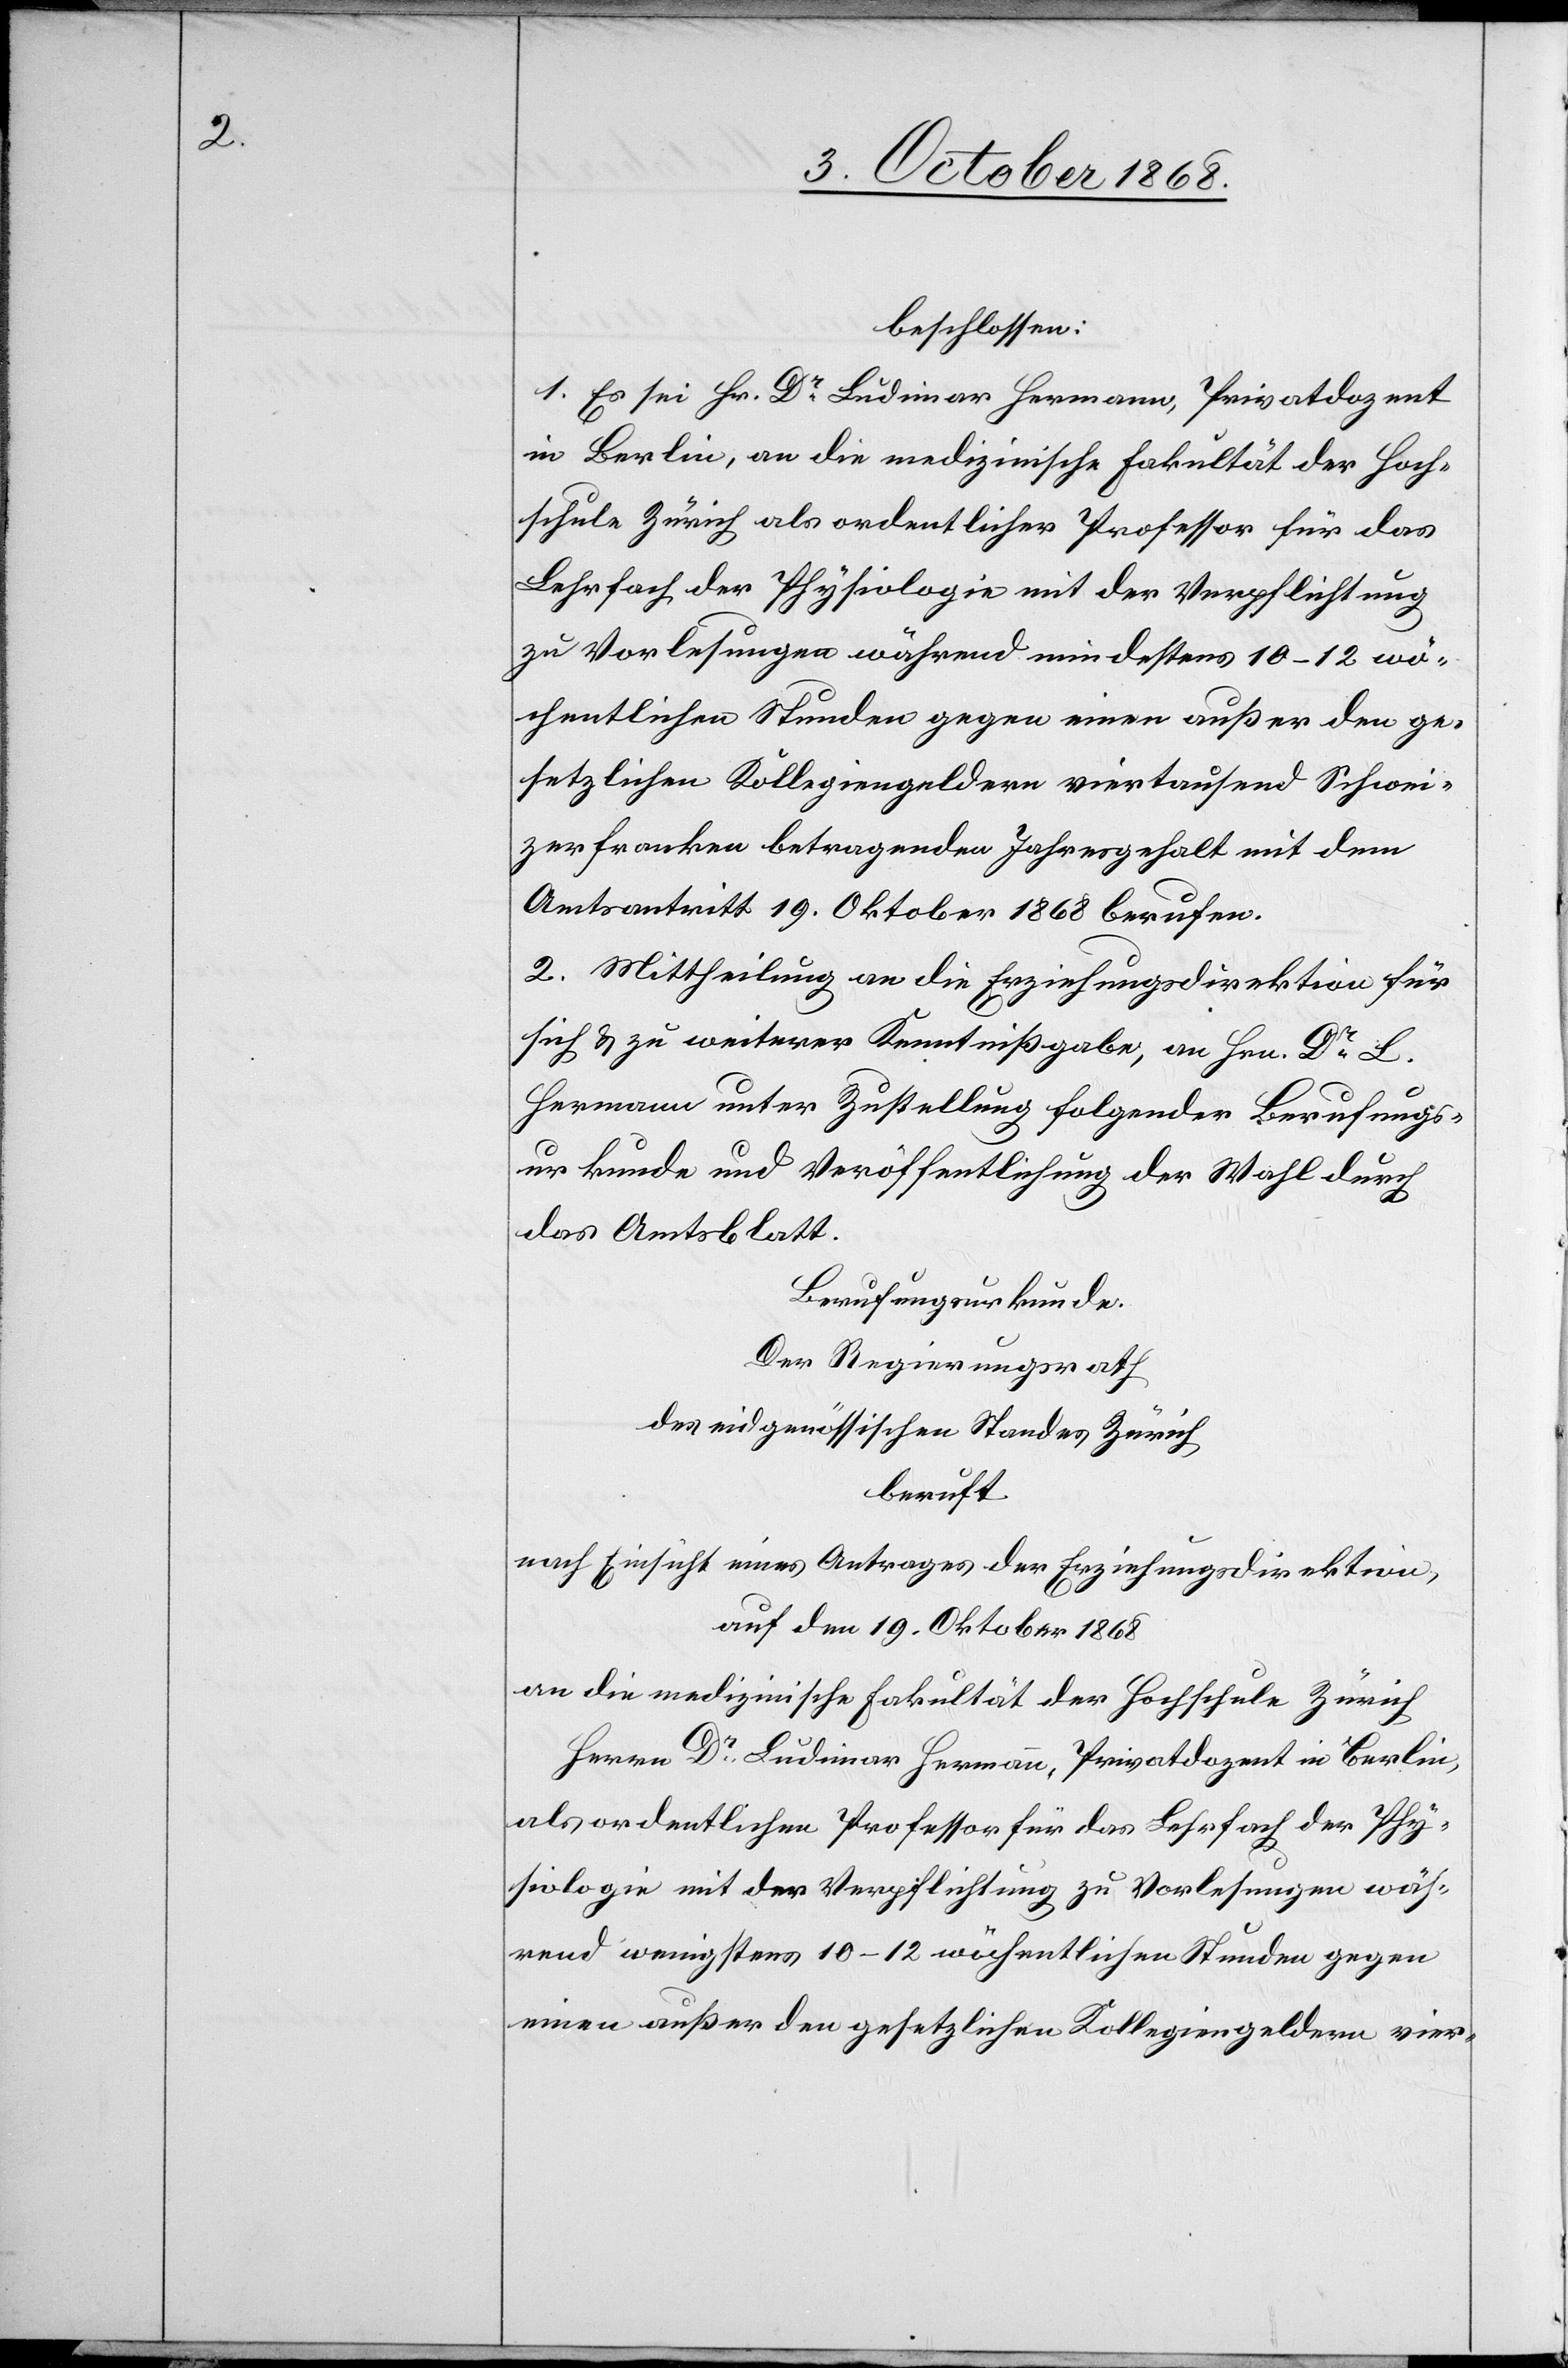
beschlossen:
1. Es sei Hr. Dr Ludimar Hermann, Privatdozent
in Berlin, an die medizinische Fakultät der Hoch¬
schule Zürich als ordentlicher Professor für das
Lehrfach der Physiologie mit der Verpflichtung
zu Vorlesungen während mindestens 10–12 wö¬
chentlichen Stunden gegen einen außer den ge¬
setzlichen Kollegiengeldern viertausend Schwei¬
zerfranken betragenden Jahresgehalt mit dem
Amtsantritt 19. Oktober 1868 berufen.
2. Mittheilung an die Erziehungsdirektion für
sich & zu weiterer Kenntnißgabe, an Hrn. Dr L.
Hermann unter Zustellung folgender Berufungs¬
urkunde und Veröffentlichung der Wahl durch
das Amtsblatt.
Berufungsurkunde.
Der Regierungsrath
des eidgenössischen Standes Zürich
beruft
nach Einsicht eines Antrages der Erziehungsdirektion,
auf den 19. Oktober 1868
an die medizinische Fakultät der Hochschule Zürich
Herrn Dr Ludimar Hermann, Privatdozent in Berlin,
als ordentlichen Professor für das Lehrfach der Phy¬
siologie mit der Verpflichtung zu Vorlesungen wäh¬
rend wenigstens 10–12 wöchentlichen Stunden gegen
einen außer den gesetzlichen Kollegiengeldern vier-